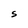
Character: S